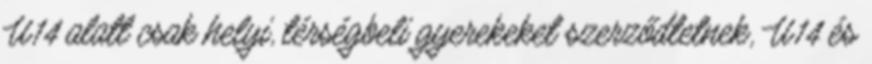
U14 alatt csak helyi, térségbeli gyerekeket szerződtetnek, U14 és